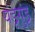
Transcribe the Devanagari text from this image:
यंडूगुंडू